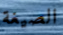
الصيغة